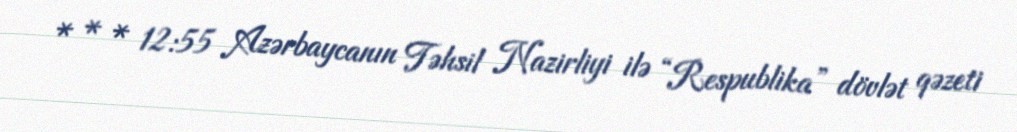
* * * 12:55 Azərbaycanın Təhsil Nazirliyi ilə “Respublika” dövlət qəzeti